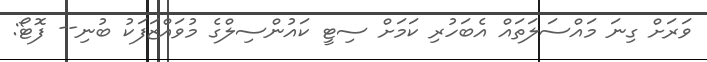
ވަރަށް ގިނަ މައްސަލަތައް އެބަހުރި ކަމަށް ސިޓީ ކައުންސިލްގެ މުވައްޒަފަކު ބުނި-- ފޮޓޯ: